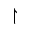
\upharpoonright